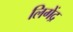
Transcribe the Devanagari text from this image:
लिगेंद्र